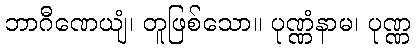
ဘာဂီဏေယျံ၊ တူဖြစ်သော။ ပုဏ္ဏံနာမ၊ ပုဏ္ဏ